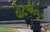
વોટએવર